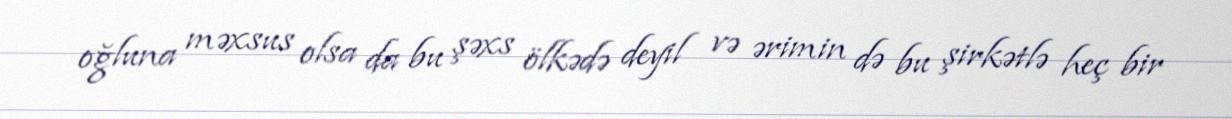
oğluna məxsus olsa da bu şəxs ölkədə deyil və ərimin də bu şirkətlə heç bir